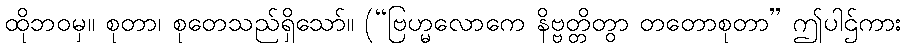
ထိုဘဝမှ။ စုတာ၊ စုတေသည်ရှိသော်။ (“ဗြဟ္မလောကေ နိဗ္ဗတ္တိတွာ တတောစုတာ” ဤပါဌ်ကား